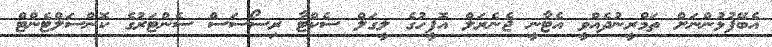
އެބޭފުޅުންނަށް ތަމްރީނުދެއްވީ އެޓާނީ ޖެނެރަލް އޮފީހުގެ ލީގަލް ސެކްޓާ ރިސޯސަސް ސެންޓަރުގެ ކޮންސަލްޓެންޓް